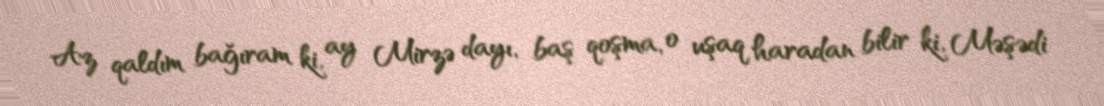
Az qaldım bağıram ki, ay Mirzə dayı, baş qoşma, o uşaq haradan bilir ki, Məşədi